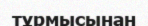
тұрмысынан